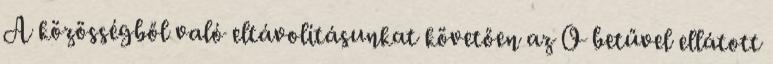
A közösségből való eltávolításunkat követően az O betűvel ellátott